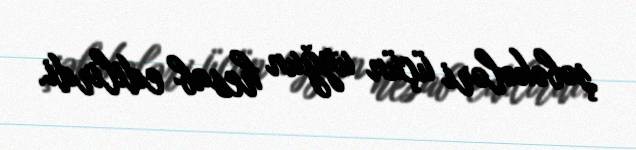
şəbəkələri üçün uyğun hesab edilirdi.